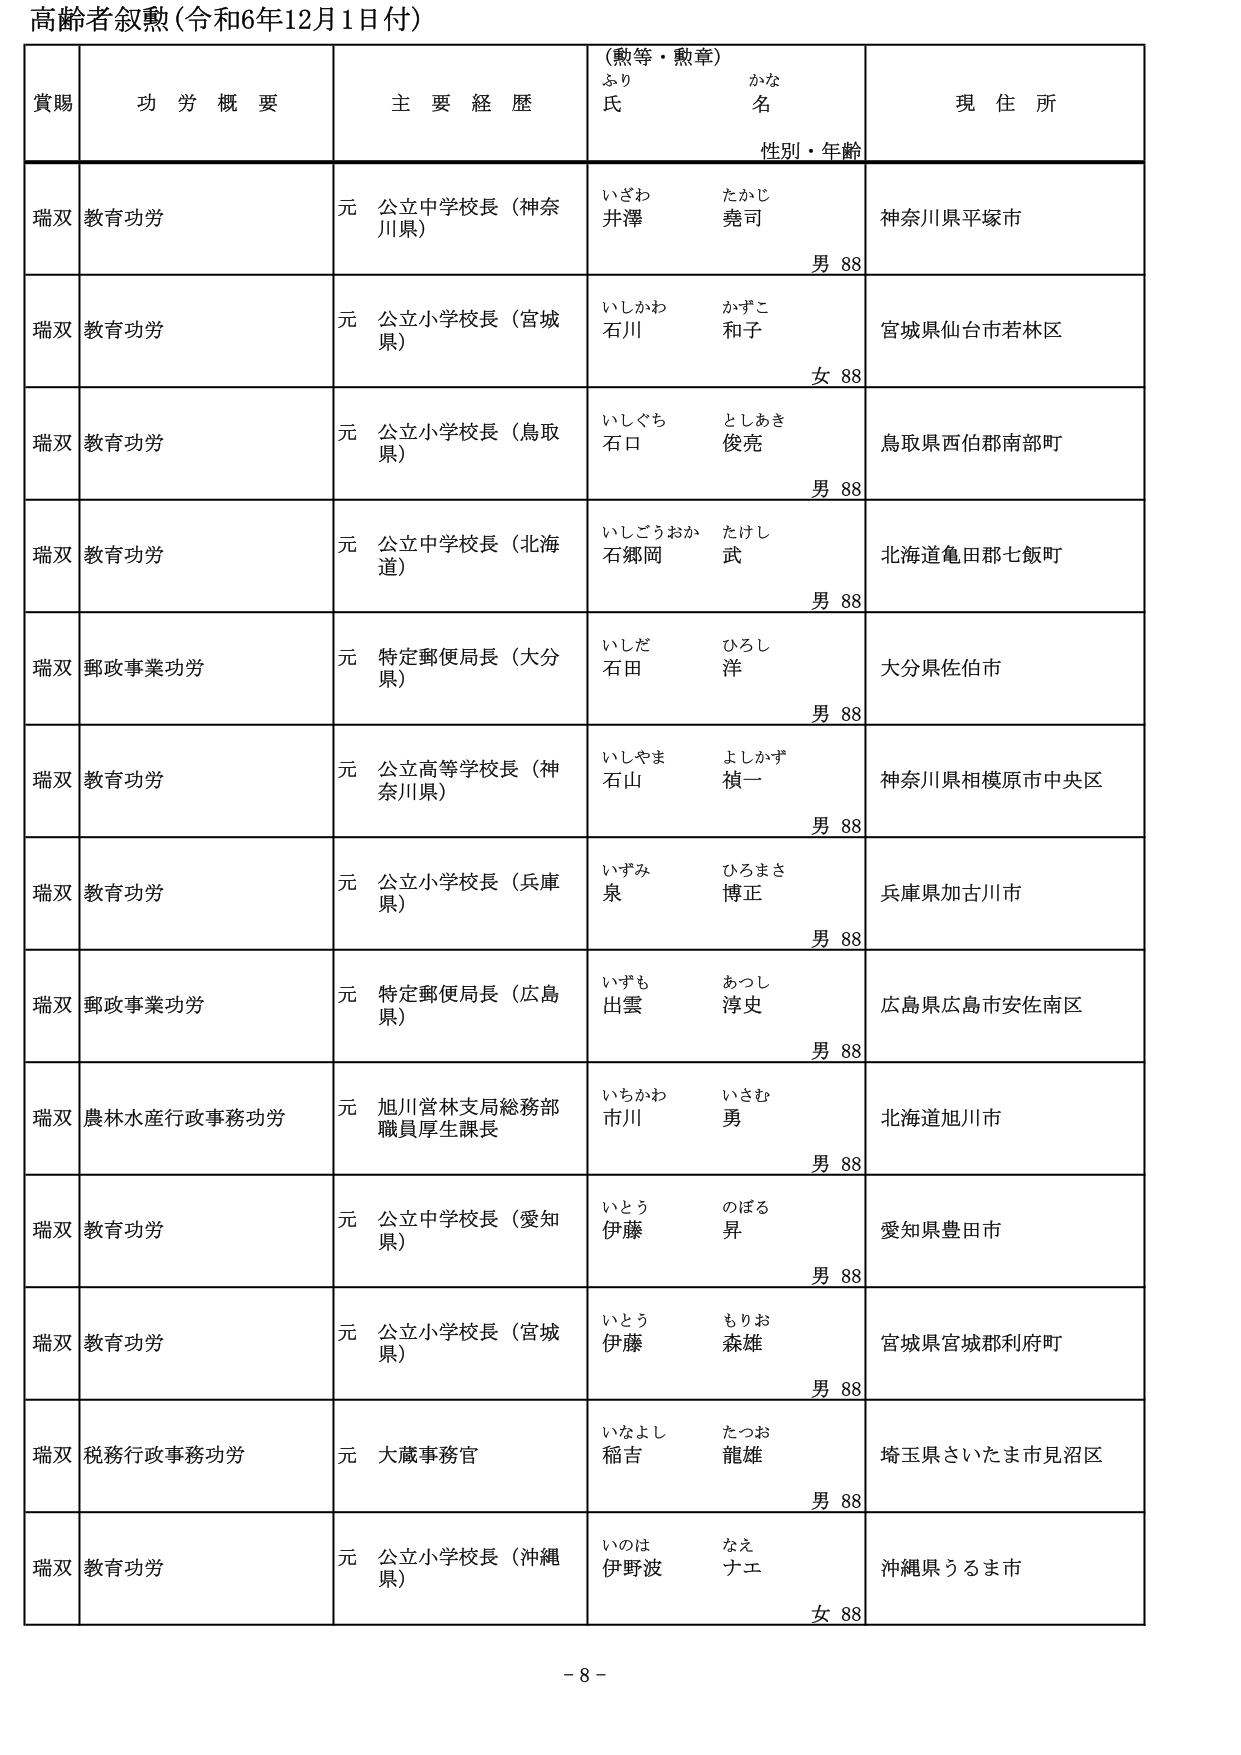
高齢者叙勲（令和6年12月1日付）

賞賜　　功労概要　　主要経歴　　（勲等・勲章）　　現住所
　　　　　　　　　　　　　　ふりがな　　氏名　　性別・年齢

瑞双　教育功労　　元 公立中学校長（神奈川県）　　いざわ たかじ　　井澤 堯司　　男 88　　神奈川県平塚市

瑞双　教育功労　　元 公立小学校長（宮城県）　　いしかわ かずこ　　石川 和子　　女 88　　宮城県仙台市若林区

瑞双　教育功労　　元 公立小学校長（鳥取県）　　いしぐち としあき　　石口 俊亮　　男 88　　鳥取県西伯郡南部町

瑞双　教育功労　　元 公立中学校長（北海道）　　いしごうおか たけし　　石郷岡 武　　男 88　　北海道亀田郡七飯町

瑞双　郵政事業功労　　元 特定郵便局長（大分県）　　いしだ ひろし　　石田 洋　　男 88　　大分県佐伯市

瑞双　教育功労　　元 公立高等学校長（神奈川県）　　いしやま よしかず　　石山 禎一　　男 88　　神奈川県相模原市中央区

瑞双　教育功労　　元 公立小学校長（兵庫県）　　いずみ ひろまさ　　泉 博正　　男 88　　兵庫県加古川市

瑞双　郵政事業功労　　元 特定郵便局長（広島県）　　いずも あつし　　出雲 淳史　　男 88　　広島県広島市安佐南区

瑞双　農林水産行政事務功労　　元 旭川営林支局総務部職員厚生課長　　いちかわ いさむ　　市川 勇　　男 88　　北海道旭川市

瑞双　教育功労　　元 公立中学校長（愛知県）　　いとう のぼる　　伊藤 昇　　男 88　　愛知県豊田市

瑞双　教育功労　　元 公立小学校長（宮城県）　　いとう もりお　　伊藤 森雄　　男 88　　宮城県宮城郡利府町

瑞双　税務行政事務功労　　元 大蔵事務官　　いなよし たつお　　稲吉 龍雄　　男 88　　埼玉県さいたま市見沼区

瑞双　教育功労　　元 公立小学校長（沖縄県）　　いのは なえ　　伊野波 ナエ　　女 88　　沖縄県うるま市

－ 8 －